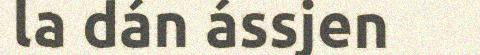
la dán ássjen